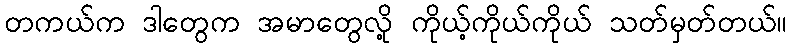
တကယ်က ဒါတွေက အမာတွေလို့ ကိုယ့်ကိုယ်ကိုယ် သတ်မှတ်တယ်။